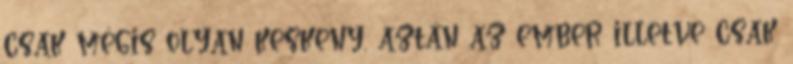
csak mégis olyan keskeny, aztán az ember illetve csak